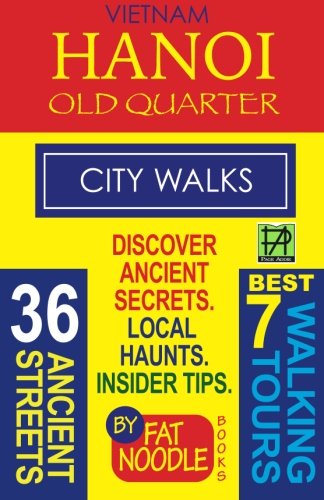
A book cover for Vietnam Hanoi Old Quarter City Walks: Best 7 Walking Tours. Discover 36 Ancient Streets. Local Haunts, Insider Tips.; Fat Noodle; Travel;